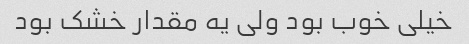
خیلی خوب بود ولی یه مقدار خشک بود